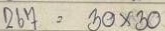
267 = 30 x 30